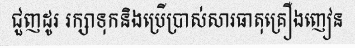
ជួញដូរ រក្សាទុកនិងប្រើប្រាស់សារធាតុគ្រឿងញៀន